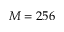
M = 2 5 6